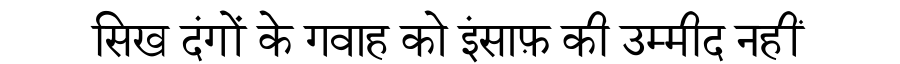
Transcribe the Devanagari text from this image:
सिख दंगों के गवाह को इंसाफ़ की उम्मीद नहीं